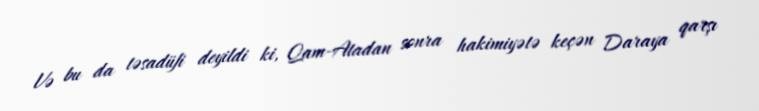
Və bu da təsadüfi deyildi ki, Qam-Atadan sonra hakimiyətə keçən Daraya qarşı